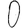
Digit: 0